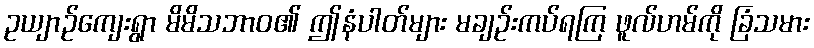
ဥယျာဉ်ကျေးရွာ မိမိသဘာဝ၏ ဤနံပါတ်များ မချဉ်းကပ်ရကြ ဖူလ်ဟမ်ကို ခြံသမား